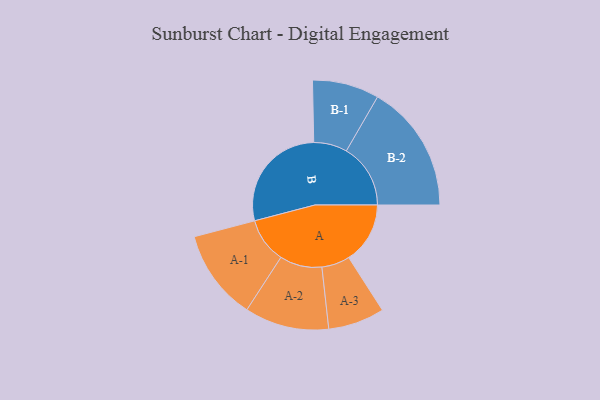
{"axis": {"x": "Segment", "y": "Value"}, "legend": ["", "A", "B"], "data": [{"x": "A", "y": 259, "type": ""}, {"x": "B", "y": 468, "type": ""}, {"x": "A-1", "y": 191, "type": "A"}, {"x": "A-2", "y": 178, "type": "A"}, {"x": "A-3", "y": 119, "type": "A"}, {"x": "B-1", "y": 141, "type": "B"}, {"x": "B-2", "y": 271, "type": "B"}]}